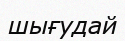
шығудай